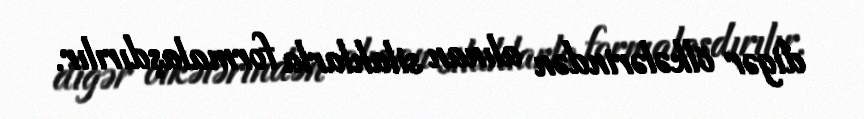
digər ölkələrindən alınan silahlarla formalaşdırılır.